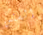
الستين